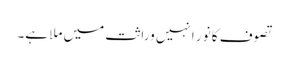
تصوف کا نور انہیں وراثت میں ملا ہے۔